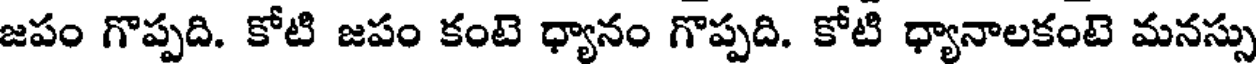
జపం గొప్పది. కోటి జపం కంటె ధ్యానం గొప్పది. కోటి ధ్యానాలకంటె మనస్సు